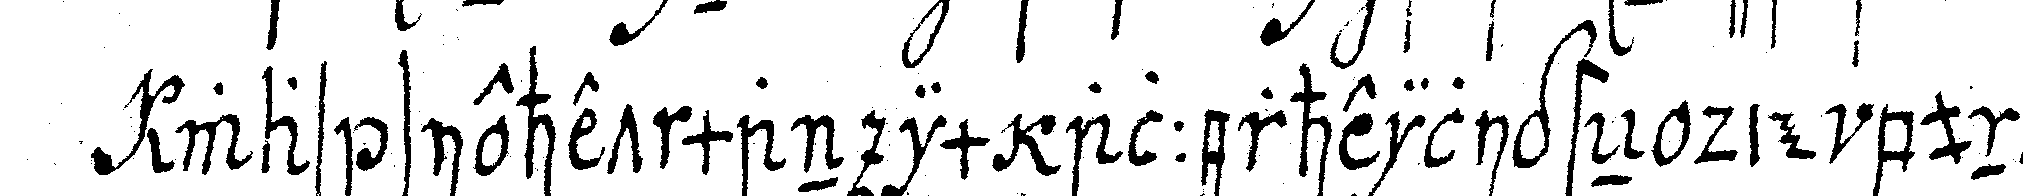
was siehet man im allerheiligsteN die bundes